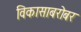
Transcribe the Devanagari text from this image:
विकासाबरोबर